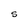
Character: S